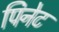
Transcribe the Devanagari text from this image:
पिनेट